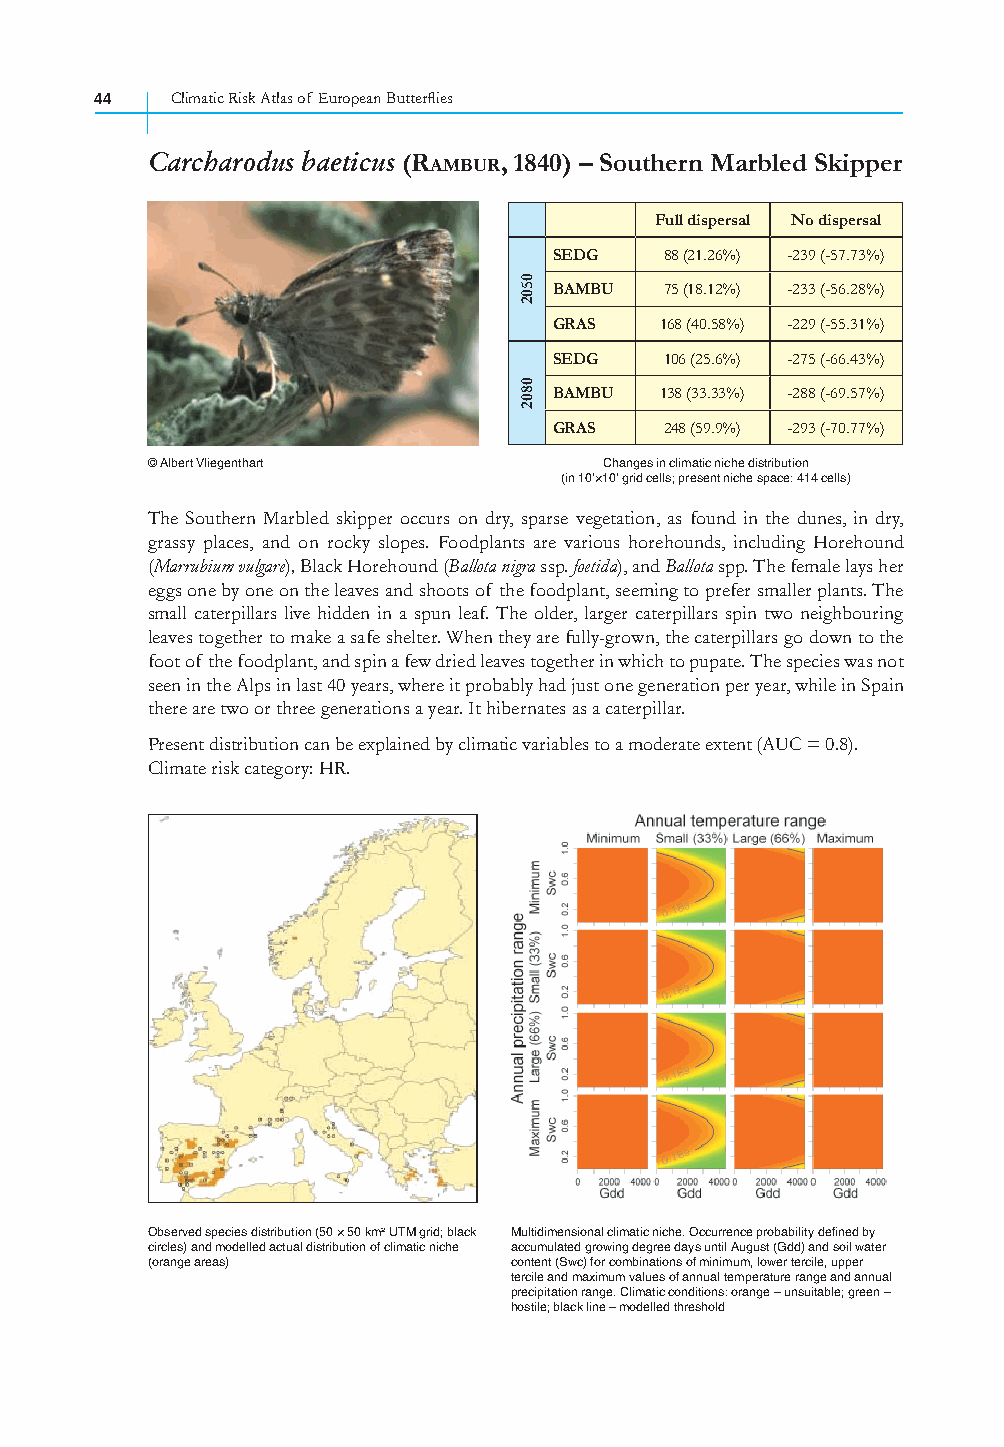
44   Climatic Risk Atlas of European Butterfl ies
 Carcharodus baeticus (RAMBUR, 1840) – Southern Marbled Skipper
 Full dispersal No dispersal
 SEDG   88 (21.26%) -239 (-57.73%)
 BAMBU  75 (18.12%) -233 (-56.28%)
 GRAS   168 (40.58%) -229 (-55.31%)
 SEDG   106 (25.6%) -275 (-66.43%)
 BAMBU  138 (33.33%) -288 (-69.57%)
 GRAS   248 (59.9%) -293 (-70.77%)
 © Albert Vliegenthart         Changes in climatic niche distribution
 (in 10’×10’ grid cells; present niche space: 414 cells)
 The Southern Marbled skipper occurs on dry, sparse vegetation, as found in the dunes, in dry,
 grassy places, and on rocky slopes. Foodplants are various horehounds, including Horehound
 (Marrubium vulgare), Black Horehound (Ballota nigra ssp. foetida), and Ballota spp. The female lays her
 eggs one by one on the leaves and shoots of the foodplant, seeming to prefer smaller plants. The
 small caterpillars live hidden in a spun leaf. The older, larger caterpillars spin two neighbouring
 leaves together to make a safe shelter. When they are fully-grown, the caterpillars go down to the
 foot of the foodplant, and spin a few dried leaves together in which to pupate. The species was not
 seen in the Alps in last 40 years, where it probably had just one generation per year, while in Spain
 there are two or three generations a year. It hibernates as a caterpillar.
 Present distribution can be explained by climatic variables to a moderate extent (AUC = 0.8).
 Climate risk category: HR.
 Observed species distribution (50 × 50 km² UTM grid; black Multidimensional climatic niche. Occurrence probability defined by
 circles) and modelled actual distribution of climatic niche accumulated growing degree days until August (Gdd) and soil water
 (orange areas)          content (Swc) for combinations of minimum, lower tercile, upper
 tercile and maximum values of annual temperature range and annual
 precipitation range. Climatic conditions: orange – unsuitable; green –
 hostile; black line – modelled threshold
 0502
 0802